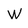
Character: W